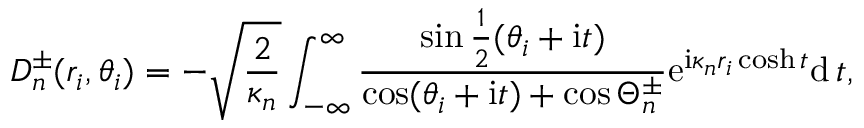
D _ { n } ^ { \pm } ( r _ { i } , \theta _ { i } ) = - \sqrt { \frac { 2 } { \kappa _ { n } } } \int _ { - \infty } ^ { \infty } \frac { \sin \frac { 1 } { 2 } ( \theta _ { i } + \mathrm { i } t ) } { \cos ( \theta _ { i } + \mathrm { i } t ) + \cos \Theta _ { n } ^ { \pm } } \mathrm { e } ^ { \mathrm { i } \kappa _ { n } r _ { i } \cosh t } \mathrm { d } \, t ,